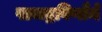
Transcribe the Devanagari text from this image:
पञ्चद्रविणौंमे